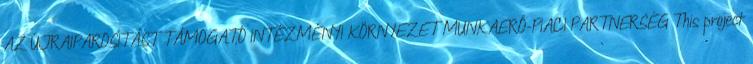
AZ ÚJRAIPAROSÍTÁST TÁMOGATÓ INTÉZMÉNYI KÖRNYEZET MUNKAERŐ-PIACI PARTNERSÉG This project